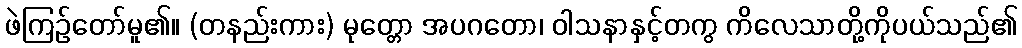
ဖဲကြဉ်တော်မူ၏။ (တနည်းကား) မုတ္တော အပဂတော၊ ဝါသနာနှင့်တကွ ကိလေသာတို့ကိုပယ်သည်၏